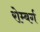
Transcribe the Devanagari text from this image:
रोम्बर्ग